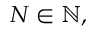
N \in \mathbb { N } ,